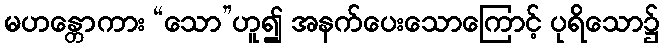
မဟန္တောကား “သော”ဟူ၍ အနက်ပေးသောကြောင့် ပုရိသော၌